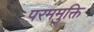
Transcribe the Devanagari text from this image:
परममुक्ति